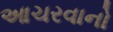
આચરવાનો